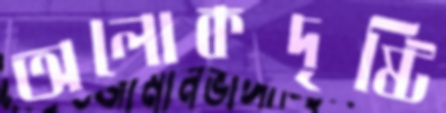
অলোকদৃষ্টি